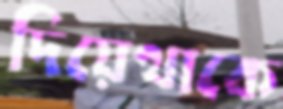
দিয়েথাকে